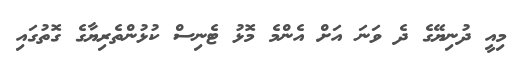
މިއީ ދުނިޔޭގެ ދެ ވަނަ އަށް އެންމެ މޮޅު ޓެނިސް ކުޅުންތެރިޔާގެ ގޮތުގައި